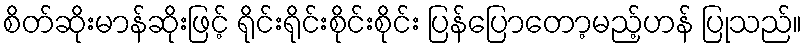
စိတ်ဆိုးမာန်ဆိုးဖြင့် ရိုင်းရိုင်းစိုင်းစိုင်း ပြန်ပြောတော့မည့်ဟန် ပြုသည်။